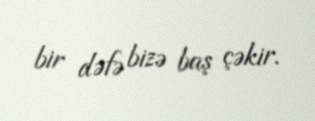
bir dəfə bizə baş çəkir.